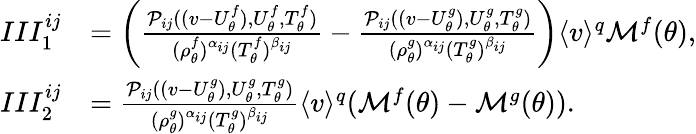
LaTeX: \begin{array}{rl}{III_{1}^{ij}}&{=\left(\frac{\mathcal{P}_{ij}((v-U_{\theta}^{f}),U_{\theta}^{f},T_{\theta}^{f})}{(\rho_{\theta}^{f})^{\alpha_{ij}}(T_{\theta}^{f})^{\beta_{ij}}}-\frac{\mathcal{P}_{ij}((v-U_{\theta}^{g}),U_{\theta}^{g},T_{\theta}^{g})}{(\rho_{\theta}^{g})^{\alpha_{ij}}(T_{\theta}^{g})^{\beta_{ij}}}\right)\langle v\rangle^{q}\mathcal{M}^{f}(\theta),}\\ {III_{2}^{ij}}&{=\frac{\mathcal{P}_{ij}((v-U_{\theta}^{g}),U_{\theta}^{g},T_{\theta}^{g})}{(\rho_{\theta}^{g})^{\alpha_{ij}}(T_{\theta}^{g})^{\beta_{ij}}}\langle v\rangle^{q}(\mathcal{M}^{f}(\theta)-\mathcal{M}^{g}(\theta)).}\end{array}